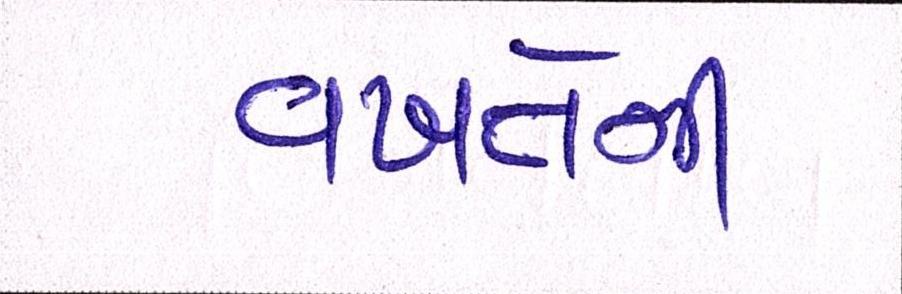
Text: વખતેની